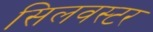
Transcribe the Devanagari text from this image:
सिलवस्टर